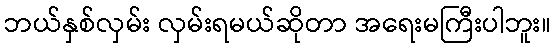
ဘယ်နှစ်လှမ်း လှမ်းရမယ်ဆိုတာ အရေးမကြီးပါဘူး။